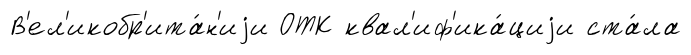
В'ел'икобр'ита́н'иjи ОТК квал'иф'ика́циjи ста́ла